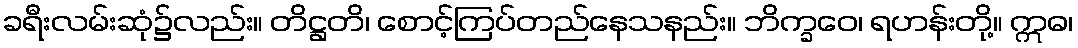
ခရီးလမ်းဆုံ၌လည်း။ တိဋ္ဌတိ၊ စောင့်ကြပ်တည်နေသနည်း။ ဘိက္ခဝေ၊ ရဟန်းတို့။ ဣဓ၊